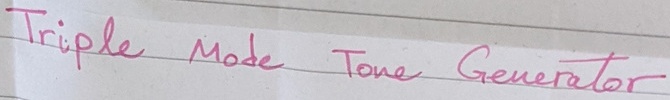
Text: Triple Mode Tone Generator